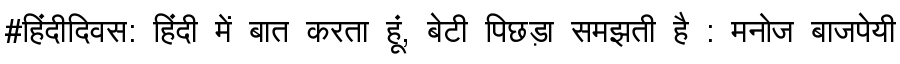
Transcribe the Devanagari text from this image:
#हिंदीदिवस: हिंदी में बात करता हूं, बेटी पिछड़ा समझती है : मनोज बाजपेयी